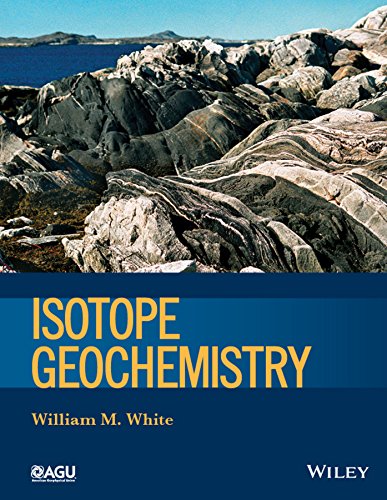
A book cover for Isotope Geochemistry (Wiley Works); William M. White; Science & Math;